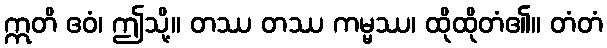
ဣတိ ဧဝံ၊ ဤသို့။ တဿ တဿ ကမ္မဿ၊ ထိုထိုတံ၏။ တံတံ